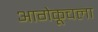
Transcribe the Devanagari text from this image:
आगेकूचला